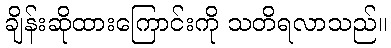
ချိန်းဆိုထားကြောင်းကို သတိရလာသည်။